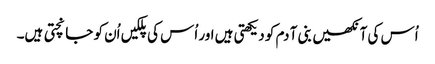
اُس کی آنکھیں بنی آ دم کو دیکھتی ہیں اور اُس کی پلکیں اُن کو جانچتی ہیں۔